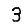
Digit: 3